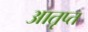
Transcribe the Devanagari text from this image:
आतृप्त